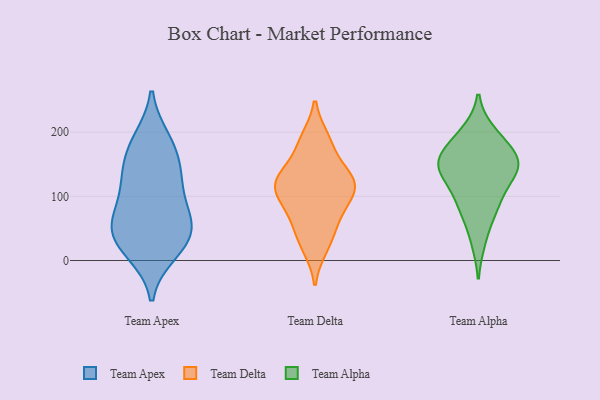
{"axis": {"x": "Headcount", "y": "Value"}, "legend": ["Team Alpha", "Team Apex", "Team Delta"], "data": [{"x": "", "y": 58, "type": "Team Apex"}, {"x": "", "y": 123, "type": "Team Apex"}, {"x": "", "y": 19, "type": "Team Apex"}, {"x": "", "y": 58, "type": "Team Apex"}, {"x": "", "y": 161, "type": "Team Apex"}, {"x": "", "y": 31, "type": "Team Apex"}, {"x": "", "y": 188, "type": "Team Apex"}, {"x": "", "y": 136, "type": "Team Apex"}, {"x": "", "y": 60, "type": "Team Apex"}, {"x": "", "y": 13, "type": "Team Apex"}, {"x": "", "y": 183, "type": "Team Apex"}, {"x": "", "y": 84, "type": "Team Apex"}, {"x": "", "y": 43, "type": "Team Apex"}, {"x": "", "y": 120, "type": "Team Apex"}, {"x": "", "y": 135, "type": "Team Delta"}, {"x": "", "y": 189, "type": "Team Delta"}, {"x": "", "y": 40, "type": "Team Delta"}, {"x": "", "y": 104, "type": "Team Delta"}, {"x": "", "y": 120, "type": "Team Delta"}, {"x": "", "y": 134, "type": "Team Delta"}, {"x": "", "y": 181, "type": "Team Delta"}, {"x": "", "y": 114, "type": "Team Delta"}, {"x": "", "y": 68, "type": "Team Delta"}, {"x": "", "y": 115, "type": "Team Delta"}, {"x": "", "y": 78, "type": "Team Delta"}, {"x": "", "y": 21, "type": "Team Delta"}, {"x": "", "y": 86, "type": "Team Alpha"}, {"x": "", "y": 138, "type": "Team Alpha"}, {"x": "", "y": 93, "type": "Team Alpha"}, {"x": "", "y": 145, "type": "Team Alpha"}, {"x": "", "y": 31, "type": "Team Alpha"}, {"x": "", "y": 153, "type": "Team Alpha"}, {"x": "", "y": 170, "type": "Team Alpha"}, {"x": "", "y": 142, "type": "Team Alpha"}, {"x": "", "y": 194, "type": "Team Alpha"}, {"x": "", "y": 166, "type": "Team Alpha"}, {"x": "", "y": 199, "type": "Team Alpha"}, {"x": "", "y": 124, "type": "Team Alpha"}, {"x": "", "y": 151, "type": "Team Alpha"}, {"x": "", "y": 76, "type": "Team Alpha"}]}